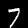
Label: 7